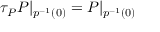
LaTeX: \tau _ { P } P | _ { p ^ { - 1 } ( 0 ) } = P | _ { p ^ { - 1 } ( 0 ) }